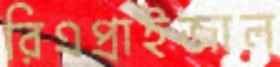
রিএপ্রাইজাল